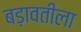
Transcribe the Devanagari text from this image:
बड़ावतीला